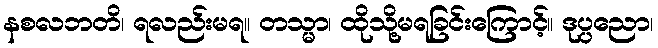
နစလဘတိ၊ ရလည်းမရ။ တသ္မာ၊ ထိုသို့မရခြင်းကြောင့်။ ဒုပ္ပညော၊